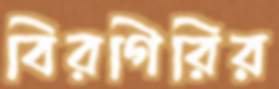
বিরগিরির